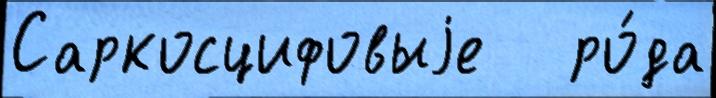
Саркосцифовыjе   ро́да